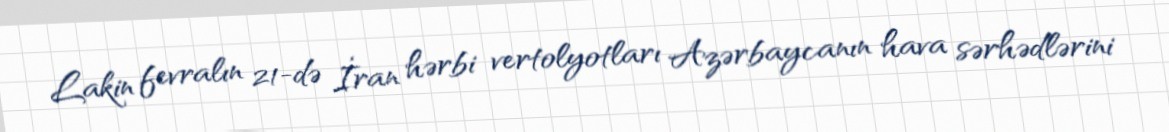
Lakin fevralın 21-də İran hərbi vertolyotları Azərbaycanın hava sərhədlərini